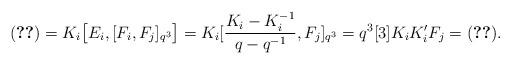
LaTeX: \begin{align*}\eqref{eq:G2-1}&=K_i \big[ E_i, [F_i ,F_j]_{q^3} \big]=K_i [\frac{K_i-K_i^{-1}}{q-q^{-1}} ,F_j]_{q^3}=q^3[3] K_i K_i' F_j = \eqref{eq:G2-1}.\end{align*}